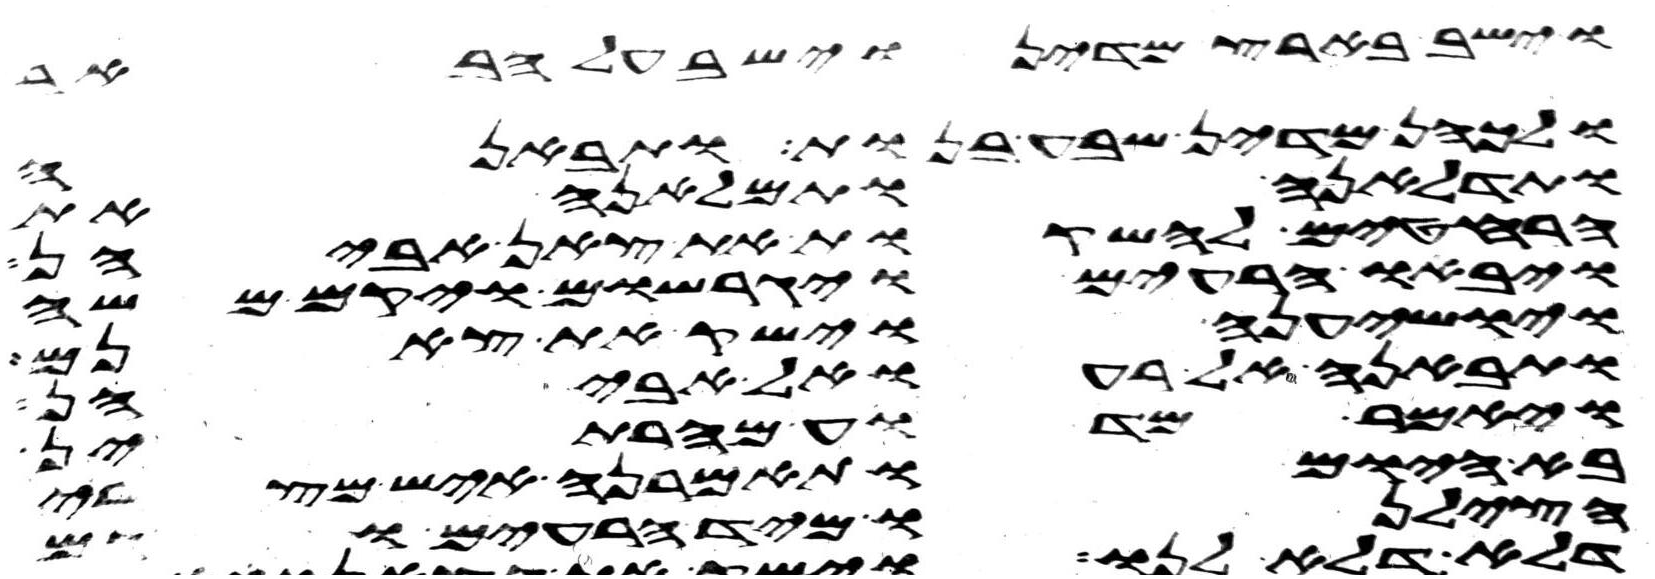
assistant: וישב בארץ מדין וישב על הבאר
ולכהן מדין שבע בנות ותבאנה
ותדלאנה ותמלאנה את
הרחטים להשקות את צאן אביהן
ויבאו הרעים ויגרשום ויקם משה
ויושיענה וישק את צאנם
ותבאנה אל רעואל אביהן
ויאמר מדוע מהרתן
בא היום ותאמרנה איש מצרי
הצילנו מיד הרעים וגם